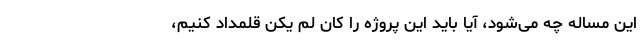
این مساله چه می‌شود، آیا باید این پروژه را کان لم یکن قلمداد کنیم،